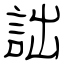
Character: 詘